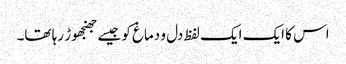
اس کا ایک ایک لفظ دل و دماغ کو جیسے جھنجھوڑ رہا تھا۔